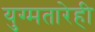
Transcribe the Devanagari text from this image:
युग्मतारेही